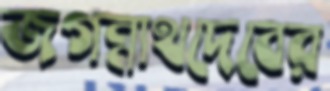
জগন্নাথদেবের